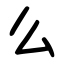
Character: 么